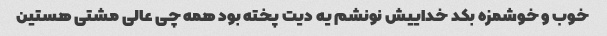
خوب و خوشمزه بکد خداییش نونشم یه دیت پخته بود همه چی عالی مشتی هستین